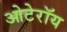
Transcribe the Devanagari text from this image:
ओटेरॉय